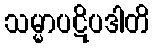
သမ္မာပဋိပဒါတိ